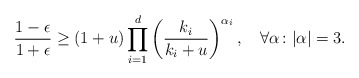
\begin{align*}\frac{1-\epsilon}{1+\epsilon}\ge (1+u)\prod_{i=1}^d\left(\frac{k_i}{k_i+u}\right)^{\alpha_i},\quad\forall \alpha\colon|\alpha|=3.\end{align*}